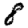
Digit: 8